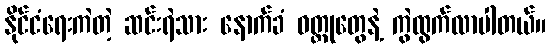
နိုင်ငံရေးကဲတဲ့ ဆင်းရဲသား နောက်ခံ ဝတ္ထုတွေနဲ့ ကွဲထွက်လာပါတယ်။